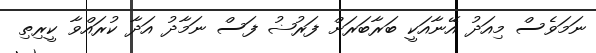
ނަމަވެސް މިއަދު އޭނާއަކީ ބަރާބަރަށް ފަރުޟު ފަސް ނަމާދު އަދާ ކުރައްވާ ކީރިތި